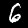
Label: 6